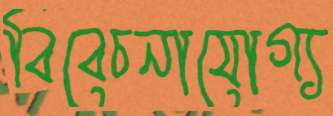
বিবেচনাযোগ্য